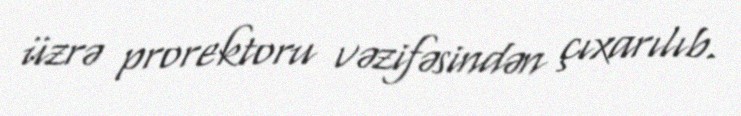
üzrə prorektoru vəzifəsindən çıxarılıb.